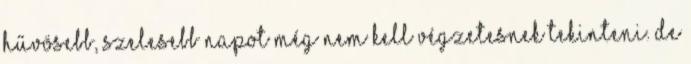
hűvösebb, szelesebb napot még nem kell végzetesnek tekinteni. De